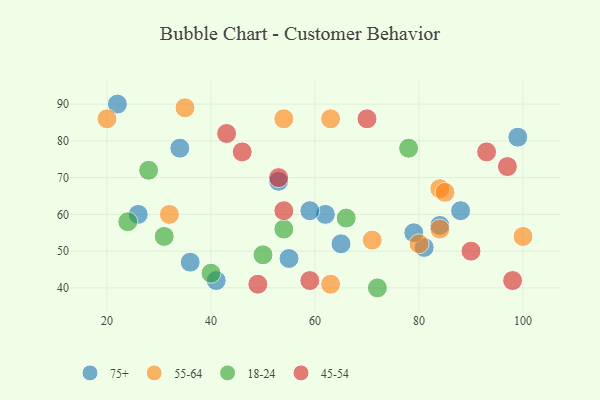
{"axis": {"x": "GDP", "y": "Life Expectancy"}, "legend": ["18-24", "45-54", "55-64", "75+"], "data": [{"x": "88", "y": 61, "type": "75+"}, {"x": "65", "y": 52, "type": "75+"}, {"x": "81", "y": 51, "type": "75+"}, {"x": "62", "y": 60, "type": "75+"}, {"x": "26", "y": 60, "type": "75+"}, {"x": "22", "y": 90, "type": "75+"}, {"x": "55", "y": 48, "type": "75+"}, {"x": "84", "y": 57, "type": "75+"}, {"x": "36", "y": 47, "type": "75+"}, {"x": "34", "y": 78, "type": "75+"}, {"x": "79", "y": 55, "type": "75+"}, {"x": "99", "y": 81, "type": "75+"}, {"x": "41", "y": 42, "type": "75+"}, {"x": "53", "y": 69, "type": "75+"}, {"x": "59", "y": 61, "type": "75+"}, {"x": "84", "y": 67, "type": "55-64"}, {"x": "35", "y": 89, "type": "55-64"}, {"x": "80", "y": 52, "type": "55-64"}, {"x": "100", "y": 54, "type": "55-64"}, {"x": "20", "y": 86, "type": "55-64"}, {"x": "32", "y": 60, "type": "55-64"}, {"x": "85", "y": 66, "type": "55-64"}, {"x": "71", "y": 53, "type": "55-64"}, {"x": "63", "y": 41, "type": "55-64"}, {"x": "84", "y": 56, "type": "55-64"}, {"x": "54", "y": 86, "type": "55-64"}, {"x": "63", "y": 86, "type": "55-64"}, {"x": "24", "y": 58, "type": "18-24"}, {"x": "66", "y": 59, "type": "18-24"}, {"x": "40", "y": 44, "type": "18-24"}, {"x": "54", "y": 56, "type": "18-24"}, {"x": "28", "y": 72, "type": "18-24"}, {"x": "72", "y": 40, "type": "18-24"}, {"x": "50", "y": 49, "type": "18-24"}, {"x": "31", "y": 54, "type": "18-24"}, {"x": "78", "y": 78, "type": "18-24"}, {"x": "70", "y": 86, "type": "45-54"}, {"x": "53", "y": 70, "type": "45-54"}, {"x": "54", "y": 61, "type": "45-54"}, {"x": "43", "y": 82, "type": "45-54"}, {"x": "49", "y": 41, "type": "45-54"}, {"x": "90", "y": 50, "type": "45-54"}, {"x": "98", "y": 42, "type": "45-54"}, {"x": "97", "y": 73, "type": "45-54"}, {"x": "59", "y": 42, "type": "45-54"}, {"x": "46", "y": 77, "type": "45-54"}, {"x": "93", "y": 77, "type": "45-54"}]}